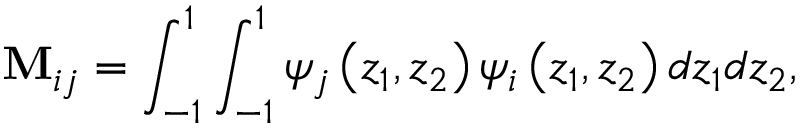
\mathbf { M } _ { i j } = \int _ { - 1 } ^ { 1 } \int _ { - 1 } ^ { 1 } \psi _ { j } \left( z _ { 1 } , z _ { 2 } \right) \psi _ { i } \left( z _ { 1 } , z _ { 2 } \right) d z _ { 1 } d z _ { 2 } ,